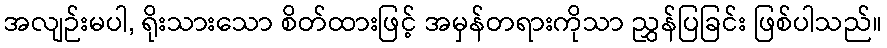
အလျဉ်းမပါ, ရိုးသားသော စိတ်ထားဖြင့် အမှန်တရားကိုသာ ညွှန်ပြခြင်း ဖြစ်ပါသည်။